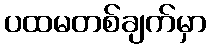
ပထမတစ်ချက်မှာ